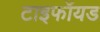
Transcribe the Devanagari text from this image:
टाइफॉयड